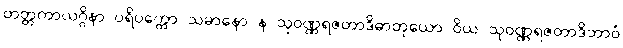
တတ္တကာယဂ္ဂိနာ ပရိပက္ကော သမာနော န သုဝဏ္ဏရဇတာဒိဓာတုယော ဝိယ သုဝဏ္ဏရဇတာဒိဘာဝံ